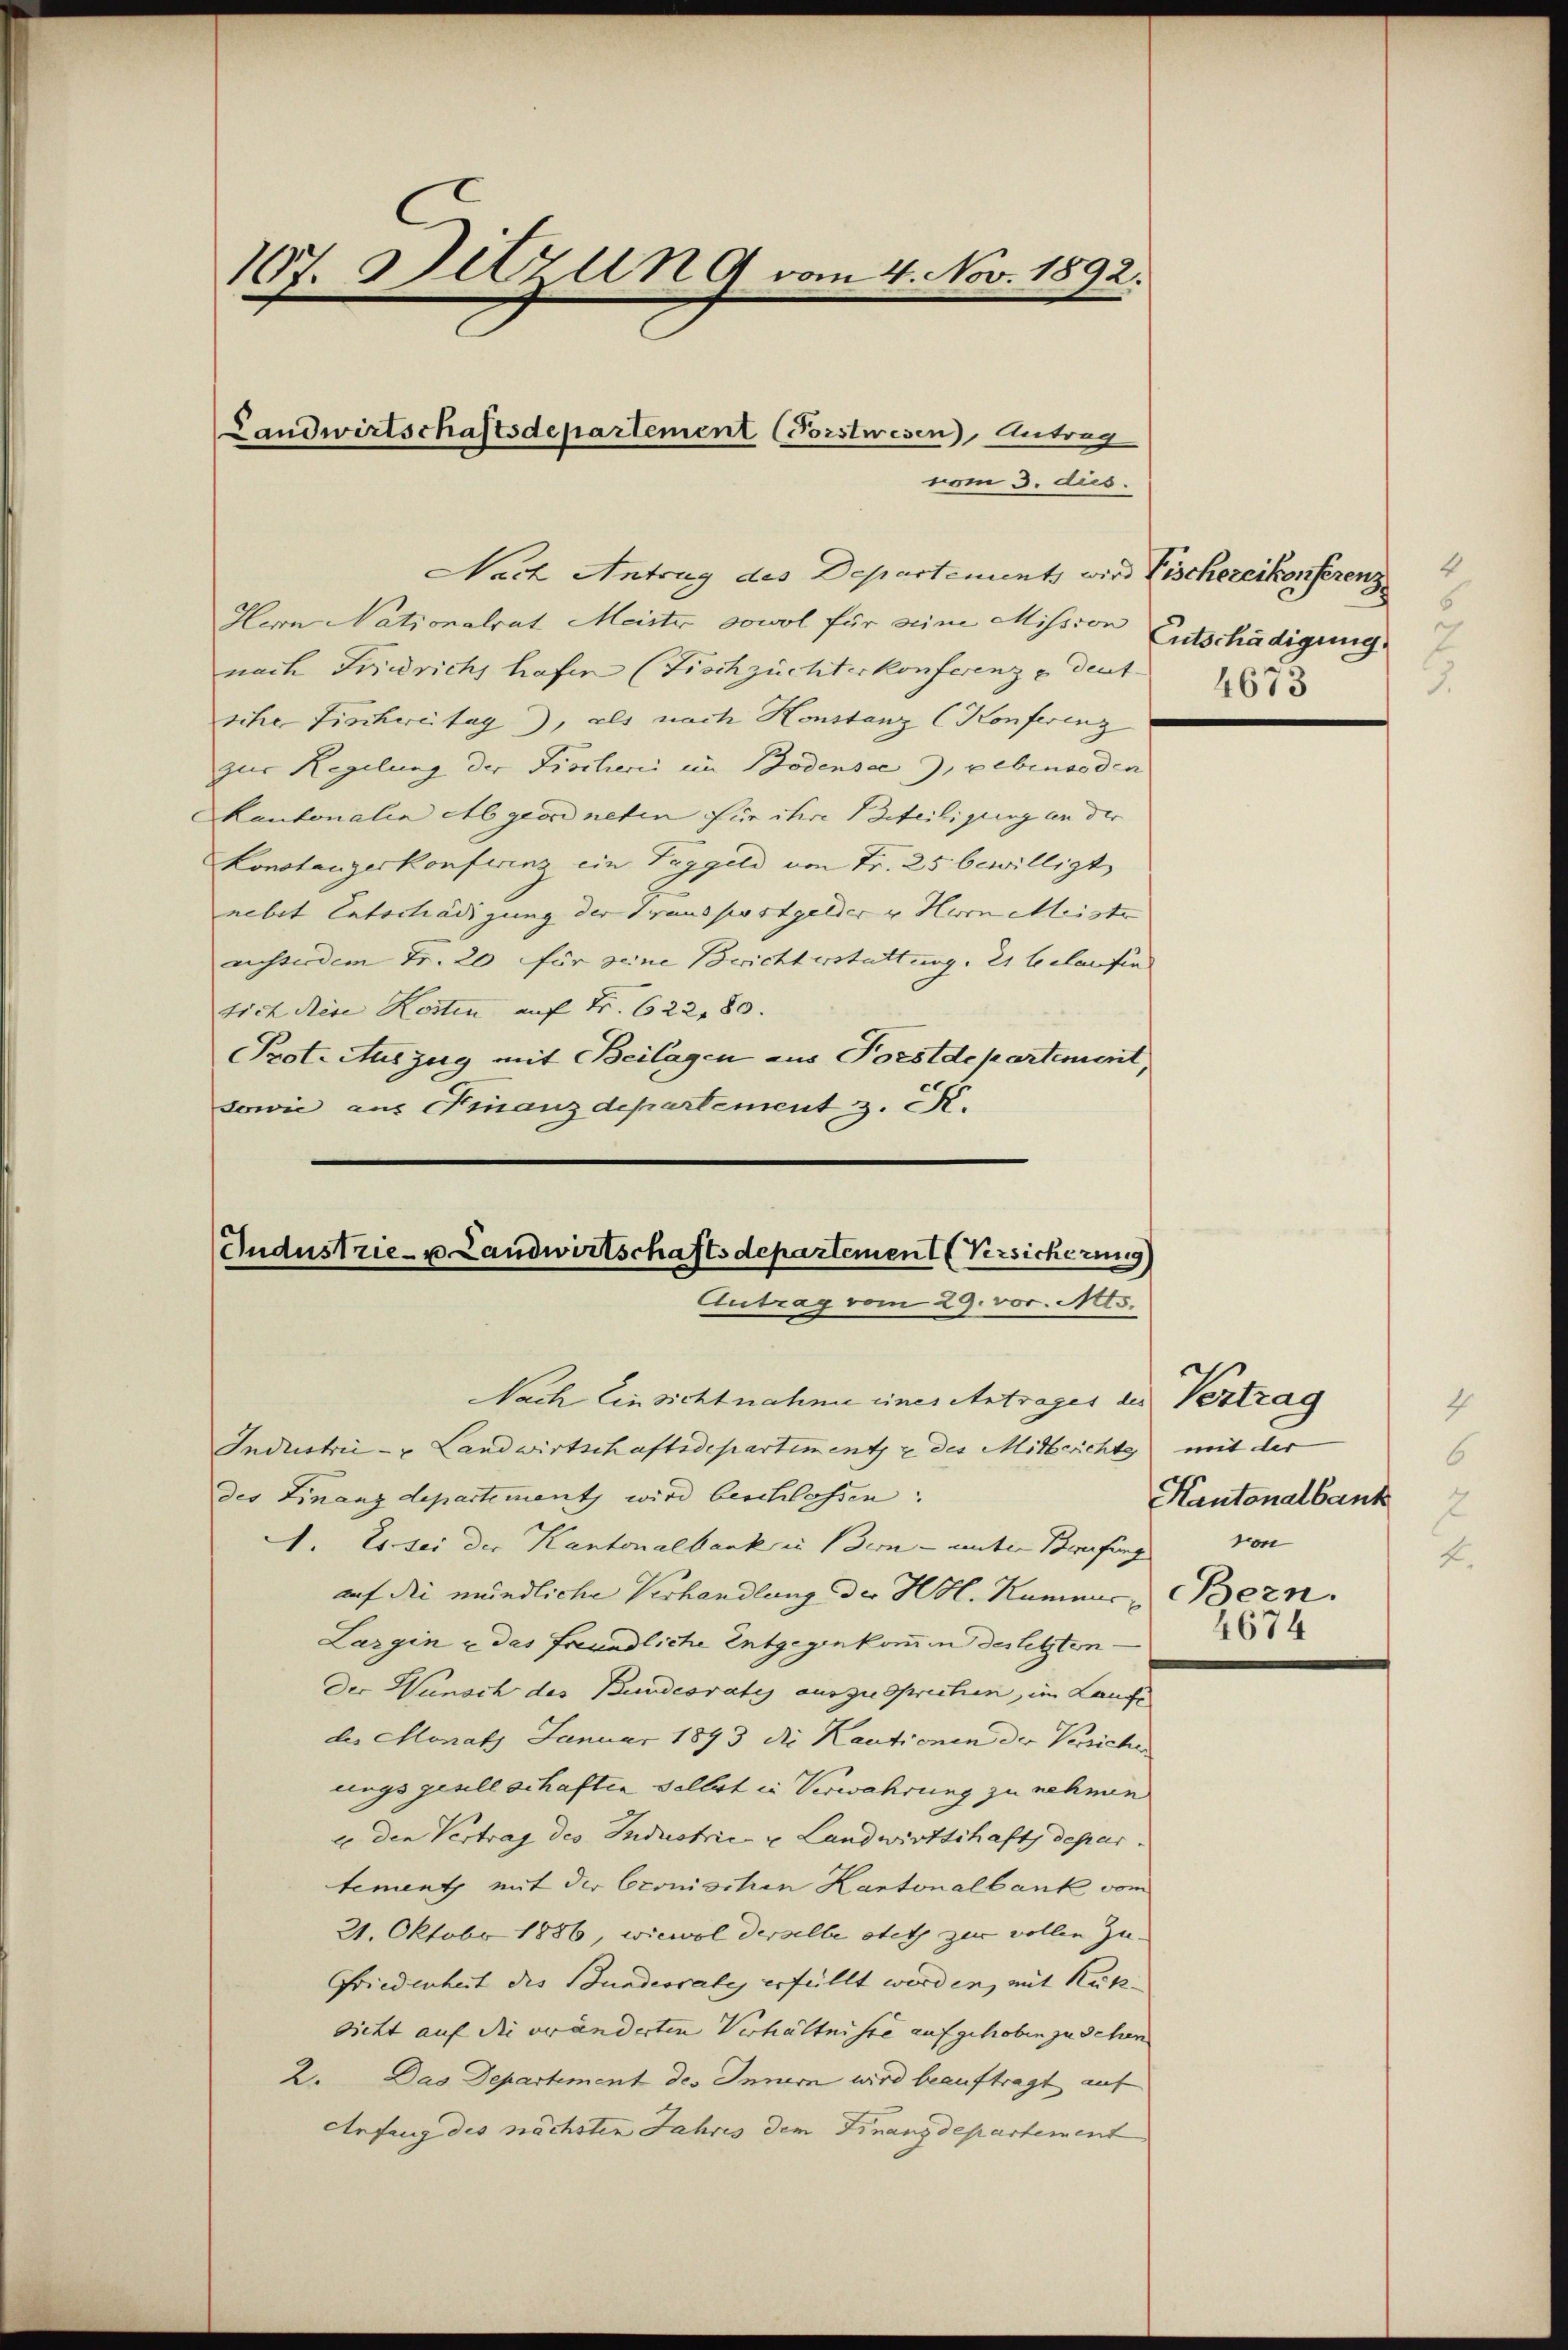
107. Sitzung vom 4. Nov. 1892.

Nach Antrag des Departements wird Fischereikonferenz
Herrn Nationalrat Meister sowol für eine Mission
nach Friedrichs hafen (Fischzüchterkonferenz u. deut
sche Fischweitag), als nach Konstanz (Konferenz
zur Regelung der Fischerii im Bodensee, gebenso den
Kantonalen Abgeordneten für ihre Beteiligung an der
Konstanzerkonferenz ein Taggeld von Fr. 25 bewilligt,
nebit Entschädigung der Transportgelder u Herrn Meiste
ausserdem Fr. 20 für seine Bericht erstattung, es belaufen
tich diese Kosten auf Fr. 622,80.
Prot. Auszug mit Beilagen aus Torstdepartement,
sowie aus Finanzdepartement z. R.
Jndustrie- u. Landwirtschaftsdepartemen Versicherung

Landwirtschaftsdepartement Forstwesen Antrag
vom 3. dus.

Antrag vom 29. vor. Mts.

Nach Einsichtnahme einer Antrages des Vertrag
Industrie - u Landwirtschaftsdepartiment & des Mitberichte mit der
des Finanzdepartement wird beschlossen:
41. Es sei der Kantonalbank in Bern- unter Berufung
auf die mündliche Verhandlung der Hol. Kumme, Bern.
Largin u das freundliche Entgegenkommen des letzten.
Der Wunsch des Bundesrates auszusprechen, im Laufe
des Monath Januar 1893 die Kautionen der Versicher
ungs gesellschaften selbst in Verwahrung zu nehmen
ce den Vertrag des Industric- u Landwirtschaft departement mit der Cronischen Kantonalbank vom
21. Oktobr 1886, wiewol derselbe stets zur vollen Zu¬
Friedenheit des Bundesrate erfüllt wirden, mit Kuss- |
dicht auf die veränderten Verhältnisse aufgehoben zu sehen
2. Das Departement des Innern wird beauftragt auf
Anfang des nächsten Jahres der Finanzdepartement

Entschädigung
.
4673

Kantonalbank
4674